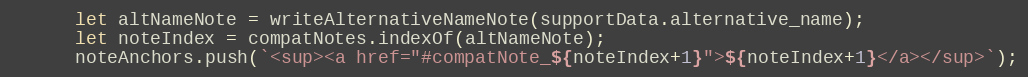
Language: JavaScript
      let altNameNote = writeAlternativeNameNote(supportData.alternative_name);
      let noteIndex = compatNotes.indexOf(altNameNote);
      noteAnchors.push(`<sup><a href="#compatNote_${noteIndex+1}">${noteIndex+1}</a></sup>`);